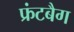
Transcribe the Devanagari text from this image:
फ्रंटबैग